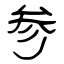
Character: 参